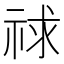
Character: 𥙹